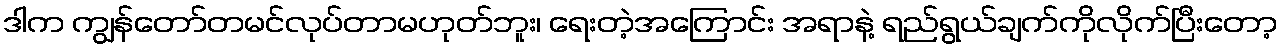
ဒါက ကျွန်တော်တမင်လုပ်တာမဟုတ်ဘူး၊ ရေးတဲ့အကြောင်း အရာနဲ့ ရည်ရွယ်ချက်ကိုလိုက်ပြီးတော့